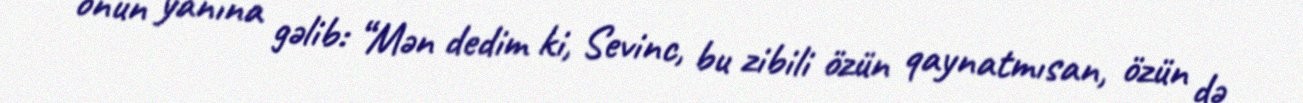
onun yanına gəlib: “Mən dedim ki, Sevinc, bu zibili özün qaynatmısan, özün də